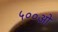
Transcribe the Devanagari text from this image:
५००ओ